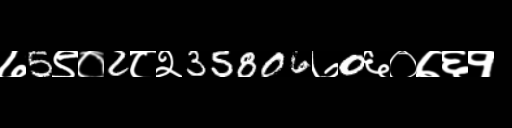
Text: ७5९०2८२35806७0६०७६१